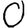
Digit: 0